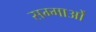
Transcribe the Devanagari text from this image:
सम्माओं